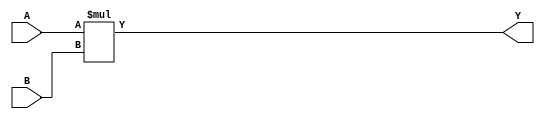
`timescale 1ns / 1ps
//////////////////////////////////////////////////////////////////////////////////
// Company: 
// Engineer: 
// 
// Design Name: 
// Module Name: MULTIPLIER_32BITS
// Project Name: 
// Target Devices: 
// Tool Versions: 
// Description: 
// 
// Dependencies: 
// 
// Revision:
// Revision 0.01 - File Created
// Additional Comments:
// 
//////////////////////////////////////////////////////////////////////////////////


module MULTIPLIER_32BITS_L(
    input wire [31:0] A, // entrada A se coloca la coma entre el bit  26 y 25 
    input wire [31:0] B, // entrada B se coloca la coma entre el bit  26 y 25 
    //output wire [61:0] Y // salida en punto fijo, A*B , se coloca la coma entre el bit 52 y 51
    output wire [63:0] Y // salida en punto fijo, A*B , se coloca la coma entre el bit 52 y 51
    );
       
    assign Y = A * B; 
                     
endmodule